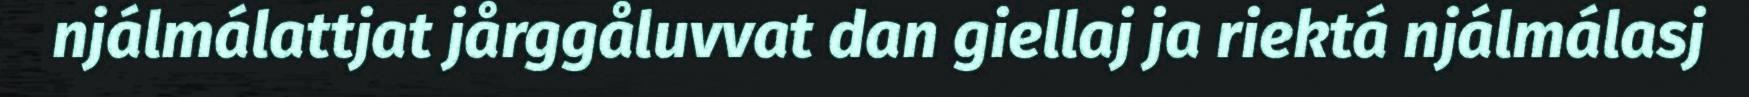
njálmálattjat jårggåluvvat dan giellaj ja riektá njálmálasj